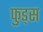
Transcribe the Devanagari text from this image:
फुड्स